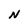
Character: N